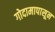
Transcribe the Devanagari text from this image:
गोदामापासून